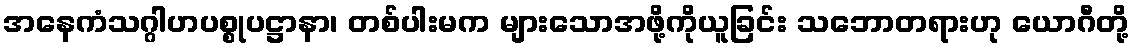
အနေကံသဂ္ဂါဟပစ္စုပဋ္ဌာနာ၊ တစ်ပါးမက များသောအဖို့ကိုယူခြင်း သဘောတရားဟု ယောဂီတို့